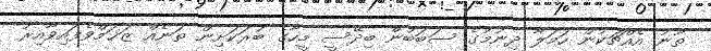
ތޫނު އެއްޗަކުން ހަމަލާ ދިނުމުގެ ސަބަބުން ބިދޭސީ މީހާގެ ބުރަކަށިން ތަނެއް ޒަޚަމްވެފައިވާއިރު